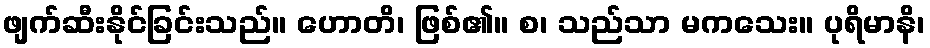
ဖျက်ဆီးနိုင်ခြင်းသည်။ ဟောတိ၊ ဖြစ်၏။ စ၊ သည်သာ မကသေး။ ပုရိမာနိ၊